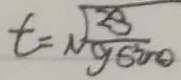
t = \sqrt { \frac { 2 s } { g \sin \theta } }